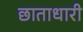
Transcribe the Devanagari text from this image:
छाताधारी